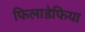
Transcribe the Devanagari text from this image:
फिलाडेफिया